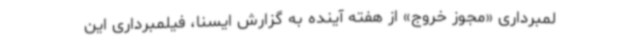
لمبرداری «مجوز خروج» از هفته آینده به گزارش ایسنا، فیلمبرداری این